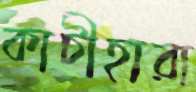
কাচীহারা